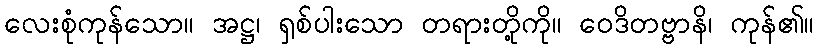
လေးစုံကုန်သော။ အဋ္ဌ၊ ရှစ်ပါးသော တရားတို့ကို။ ဝေဒိတဗ္ဗာနိ၊ ကုန်၏။